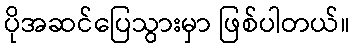
ပိုအဆင်ပြေသွားမှာ ဖြစ်ပါတယ်။